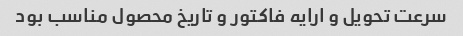
سرعت تحویل و ارایه فاکتور و تاریخ محصول مناسب بود